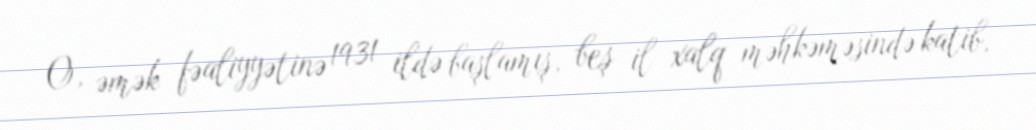
O, əmək fəaliyyətinə 1931 ildə başlamış, beş il xalq məhkəməsində katib,